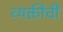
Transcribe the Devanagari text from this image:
व्यक्तींचीं